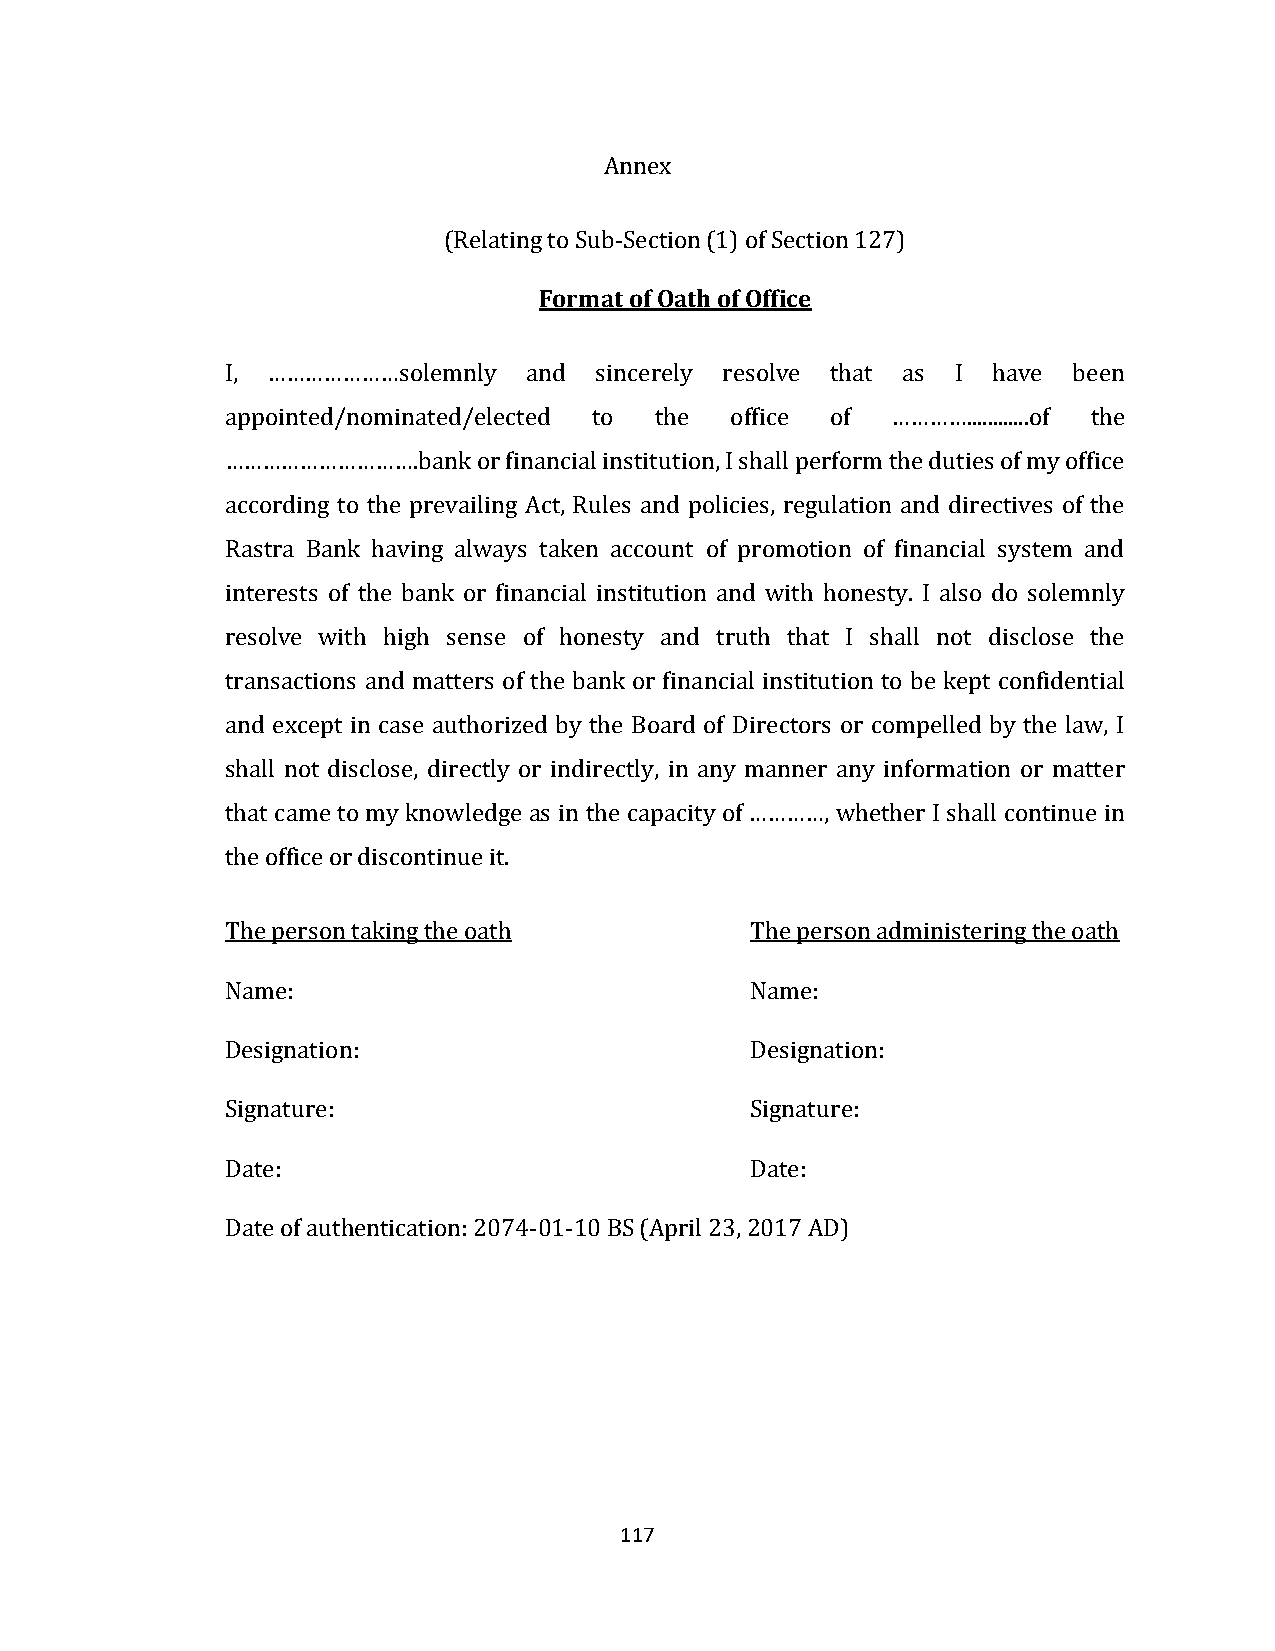
Annex
 (Relating to Sub-Section (1) of Section 127)
 Format of Oath of Office
 I, …………………solemnly  and sincerely resolve that as I have been
 appointed/nominated/elected to the office of …………............of the
 ………………………….bank  or financial institution, I shall perform the duties of my office
 according to the prevailing Act, Rules and policies, regulation and directives of the
 Rastra Bank having always taken account of promotion of financial system and
 interests of the bank or financial institution and with honesty. I also do solemnly
 resolve with high sense of honesty and truth that I shall not disclose the
 transactions and matters of the bank or financial institution to be kept confidential
 and except in case authorized by the Board of Directors or compelled by the law, I
 shall not disclose, directly or indirectly, in any manner any information or matter
 that came to my knowledge as in the capacity of …………, whether I shall continue in
 the office or discontinue it.
 The person taking the oath         The person administering the oath
 Name:                              Name:
 Designation:                       Designation:
 Signature:                         Signature:
 Date:                              Date:
 Date of authentication: 2074-01-10 BS (April 23, 2017 AD)
 117